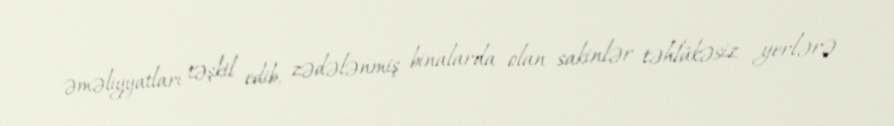
əməliyyatları təşkil edib, zədələnmiş binalarda olan sakinlər təhlükəsiz yerlərə